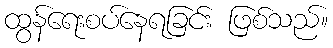
ထွန်ရေးစပ်နေရခြင်း ဖြစ်သည်။